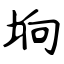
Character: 垧